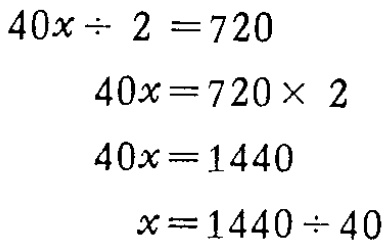
\[

\begin{align*}

40x\div 2&=720\\

40x&=720\times 2\\

40x&=1440\\

x&=1440\div 40

\end{align*}

\]